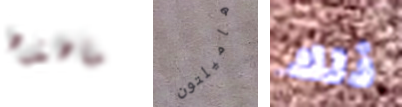
ماهذه هاميلتون ذلك